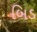
બિડ